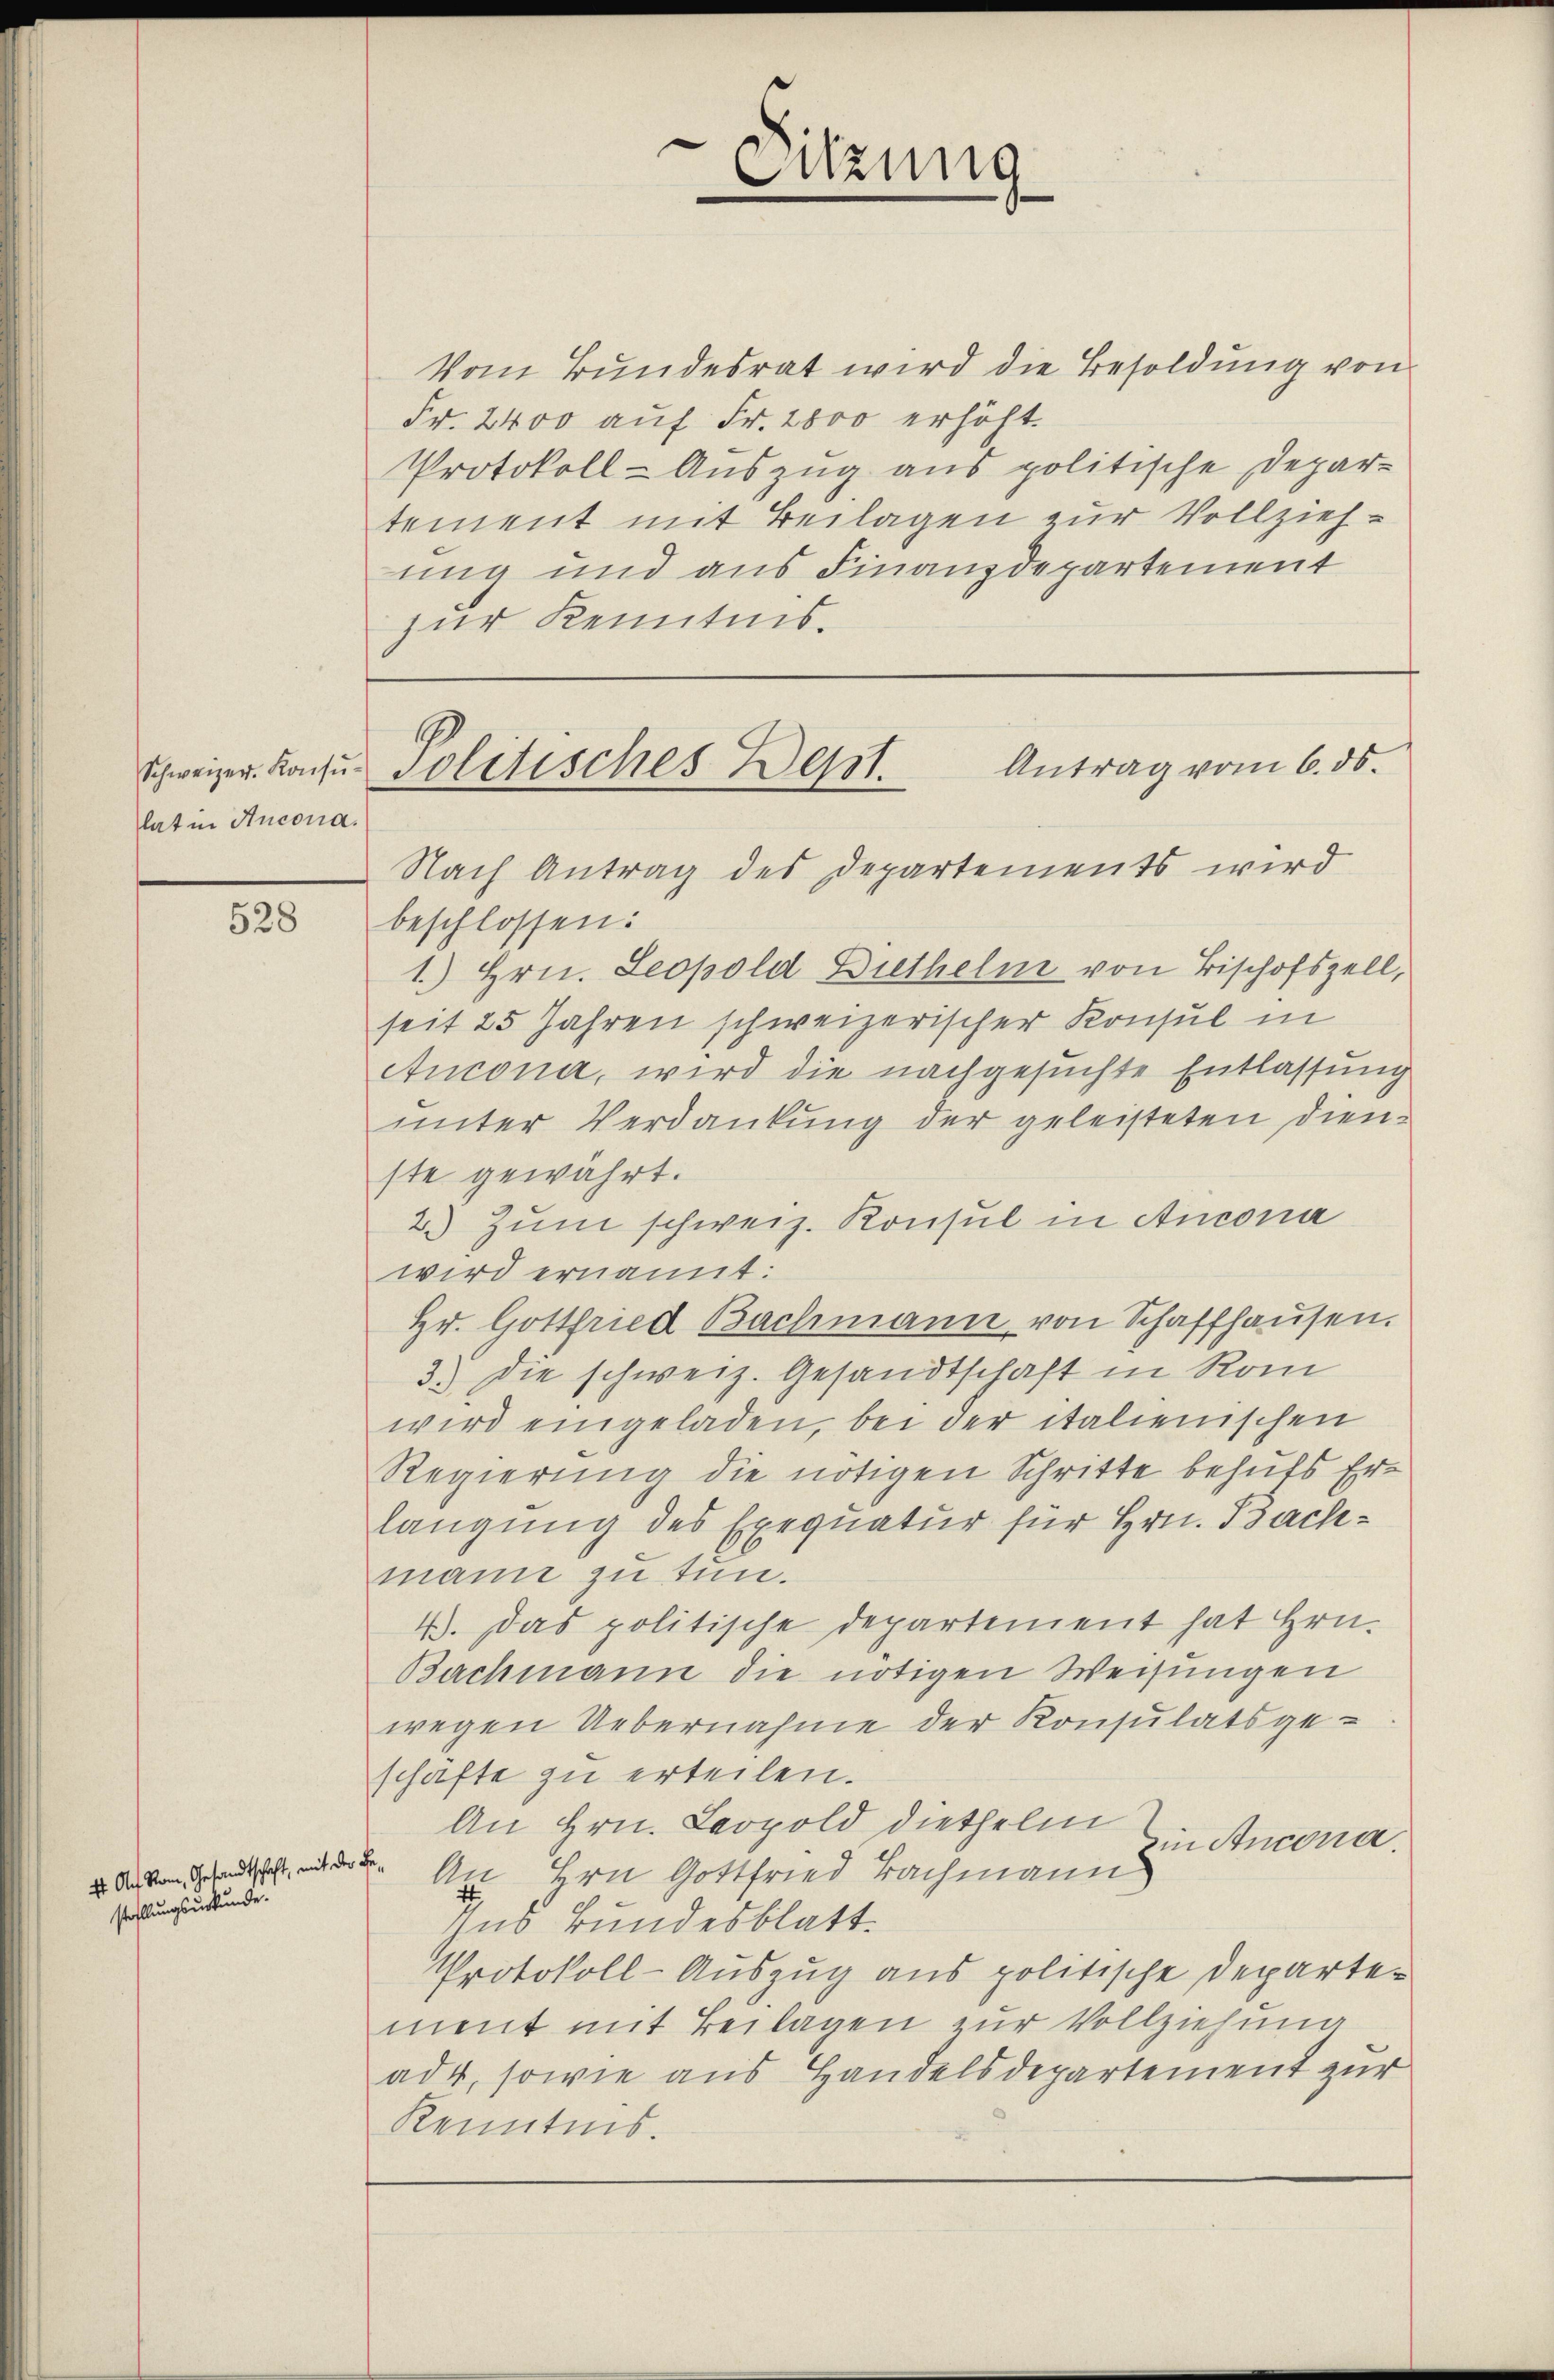
Schweizer. Konsulat in Ancona.

528

Vom Bundesrat wird die Besoldung von
Fr. 2400 auf Fr. 2800 erhöht.
Protokoll-Auszug aus politische Departement mit Beilagen zur Vollziehung und aus Finanzdepartement
zur Kenntnis.

Et Art Rom, Gesandtschaft, mit der Bestellungsurkunde.

Sitzung
e

Politisches Dept. Antrag vom 6. ds.

Nach Antrag des Departements wird
beschlossen:
1.) Hrn. Leopold Dietheln von Bischofszell,
seit 25 Jahren schweizerischer Konsul in
Aucona, wird die nachgesuchte Entlassung
unter Verdankung der geleisteten Dienste gewährt.
2. Zum schweiz. Konsul in Ancona
wird ernannt:
Hr. Gottfried Bachmann von Schaffhausen.
3.) Die schweiz. Gesandtschaft in Rom
wird eingeladen, bei der italienischen
Regierung die nötigen Schritte behufs Erlangung des Exequatur für Hrn. Bachmann zu tun.
4. Das politische Departement hat Hrn.
Bachmann die nötigen Weisungen
wegen Uebernahme der Konsulatsge-
schafte zu erteilen.
An Hrn. Leopold Diethelm
in Ancona.
An Hrn. Gottfried Bachmann
Ins Bundesblatt.
Protokoll-Auszug aus politische Departement mit Beilagen zur Vollziehung
ade, sowie aus Handelsdepartement zur
Kenntnis.